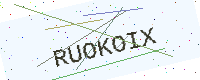
Text: RUOKOIX